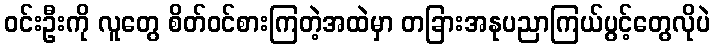
ဝင်းဦးကို လူတွေ စိတ်ဝင်စားကြတဲ့အထဲမှာ တခြားအနုပညာကြယ်ပွင့်တွေလိုပဲ